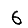
Digit: 6